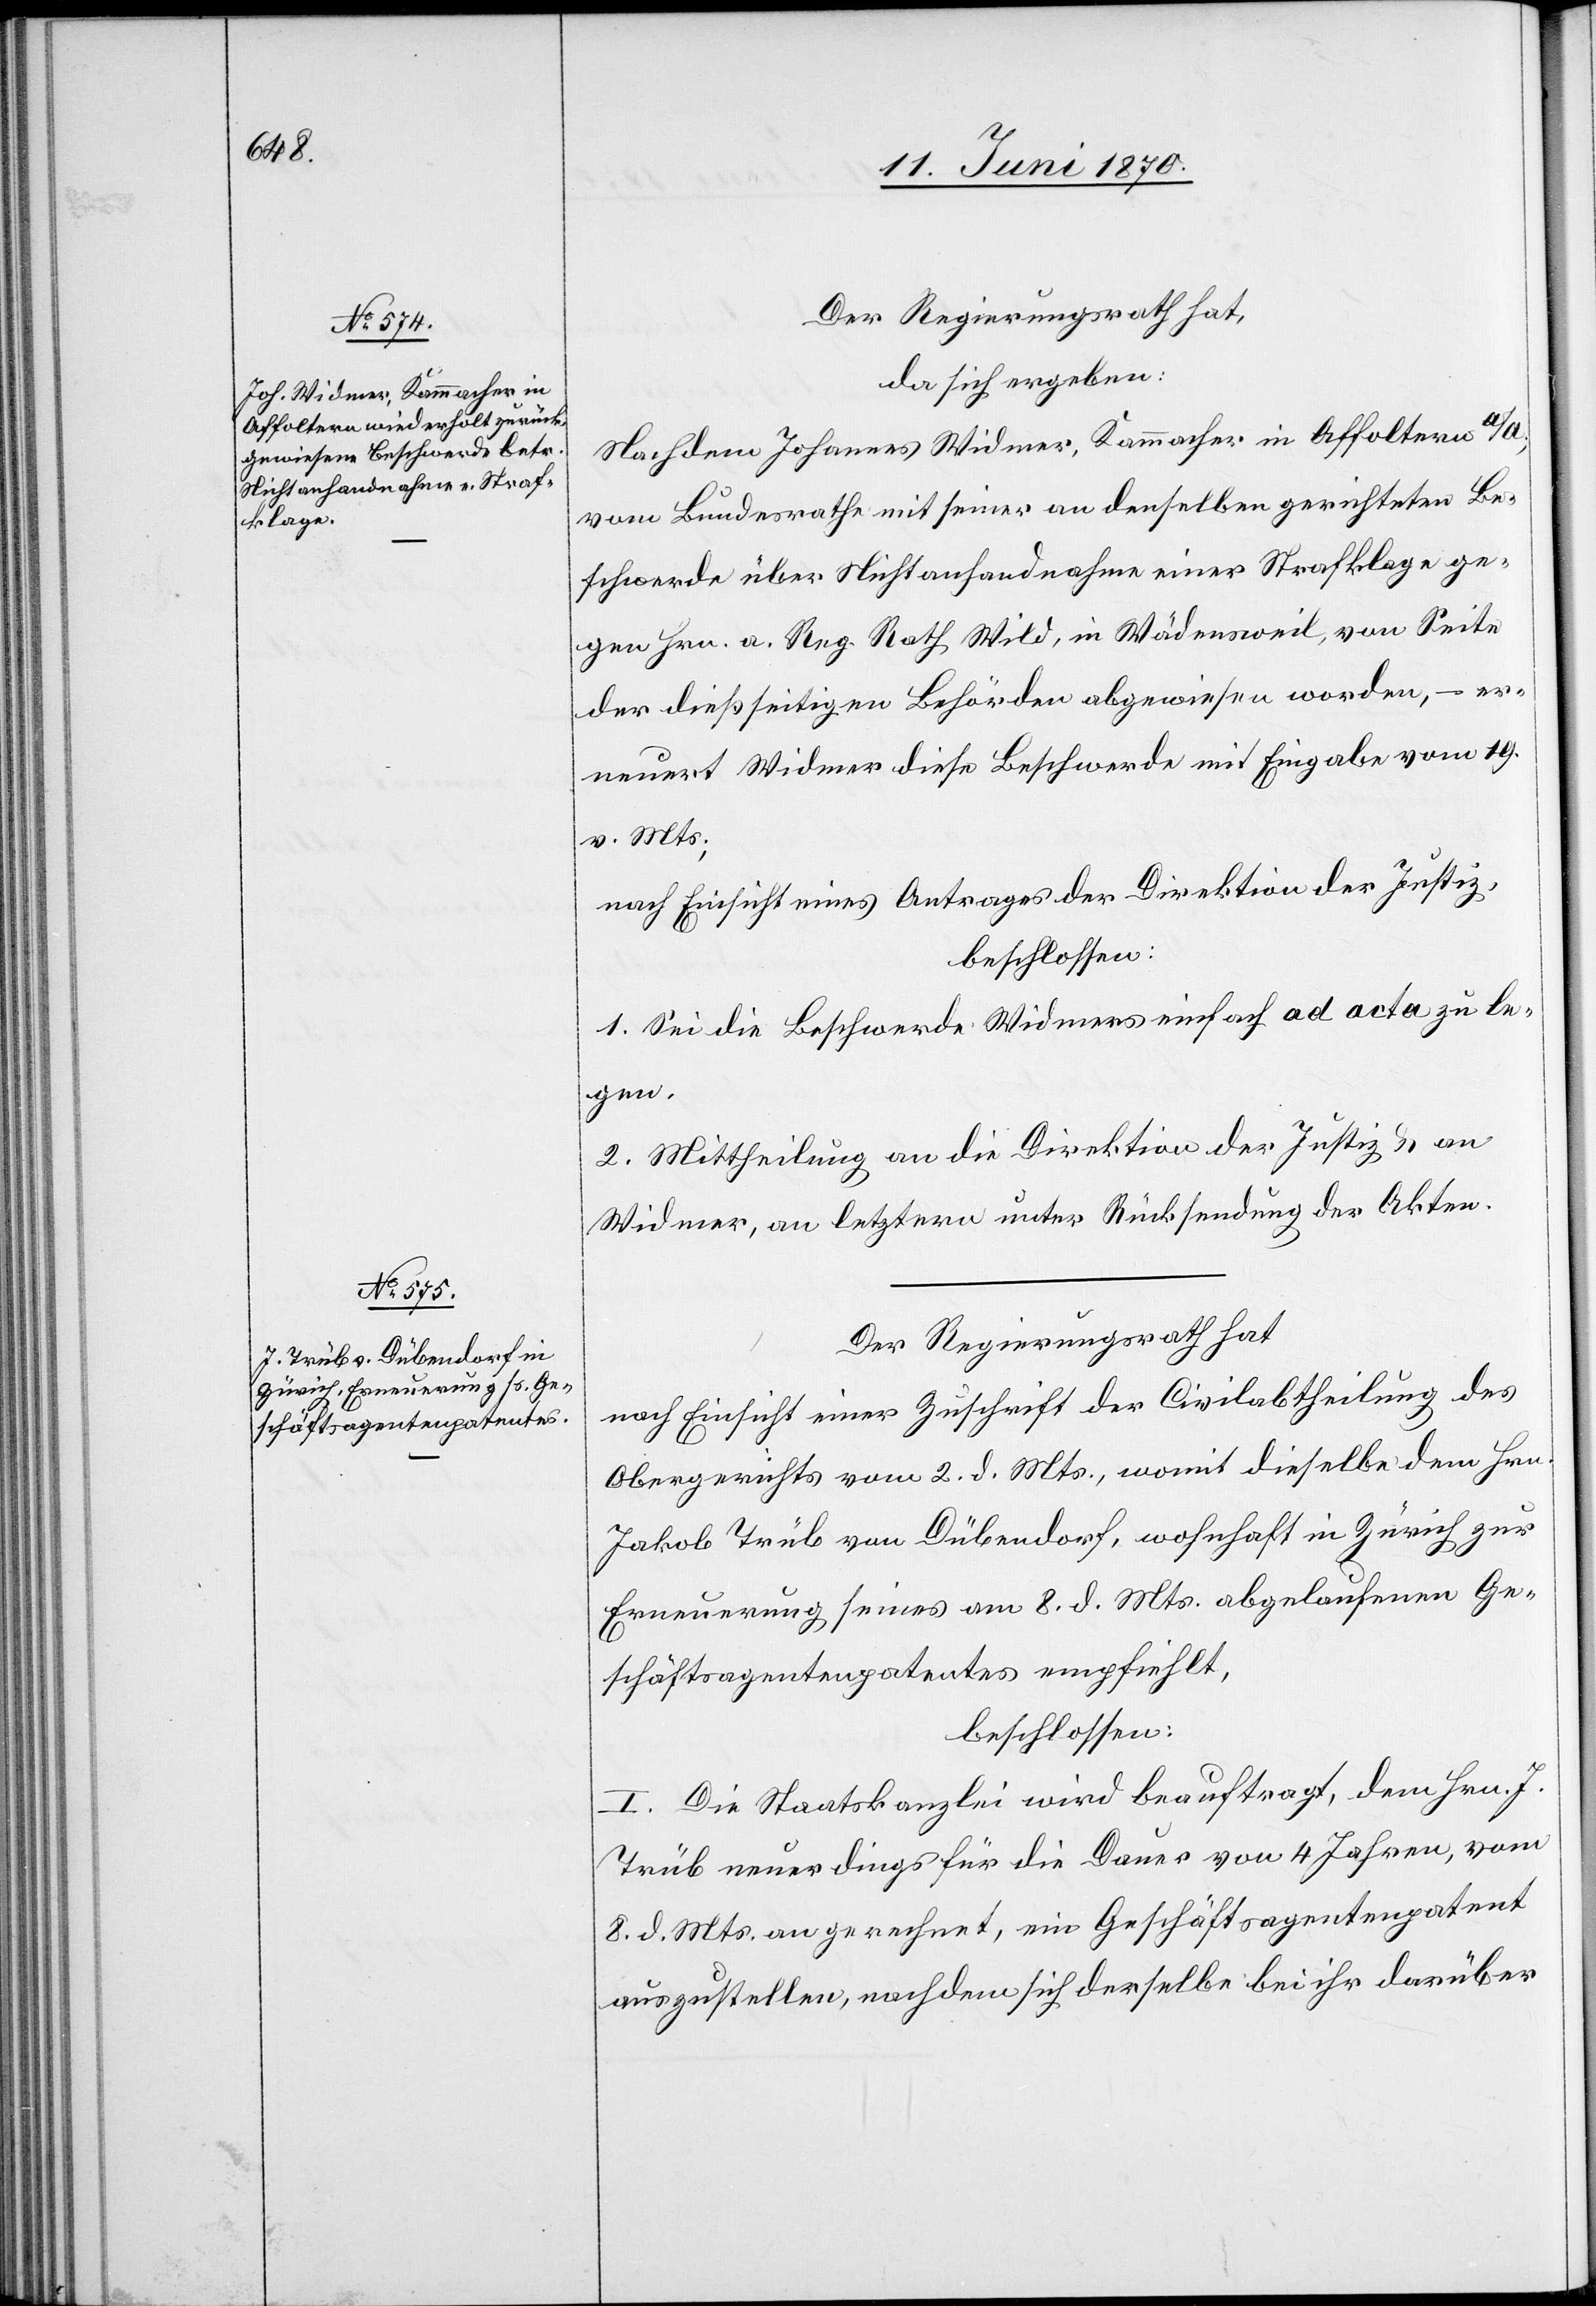
Der Regierungsrath hat,
da sich ergeben:
Nachdem Johannes Widmer, Kammacher in Affoltern a/A.,
vom Bundesrathe mit seiner an denselben gerichteten Be¬
schwerde über Nichtanhandnahme einer Strafklage ge¬
gen Hrn. a. Reg. Rath Wild, in Wädensweil, von Seite
der dießseitigen Behörden abgewiesen worden, – er¬
neuert Widmer diese Beschwerde mit Eingabe vom 19.
v. Mts.;
nach Einsicht eines Antrages der Direktion der Justiz,
beschlossen:
1. Sei die Beschwerde Widmers einfach ad acta zu le¬
gen.
2. Mittheilung an die Direktion der Justiz & an
Widmer, an letztern unter Rücksendung der Akten.
Der Regierungsrath hat
nach Einsicht einer Zuschrift der Civilabtheilung des
Obergerichts vom 2. d. Mts., womit dieselbe dem Hrn.
Jakob Trüb von Dübendorf, wohnhaft in Zürich zur
Erneuerung seines am 8. d. Mts. abgelaufenen Ge¬
schäftsagentenpatentes empfiehlt,
beschlossen:
I. Die Staatskanzlei wird beauftragt, dem Hrn. J.
Trüb neuerdings für die Dauer von 4 Jahren, vom
8. d. Mts. an gerechnet, ein Geschäftsagentenpatent
auszustellen, nachdem sich derselbe bei ihr darüber